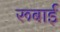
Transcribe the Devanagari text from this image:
रूबाई